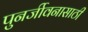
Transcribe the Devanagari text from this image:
पुनर्जीवनासाठी